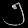
Digit: ၅